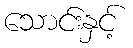
သောင်းနှင့်